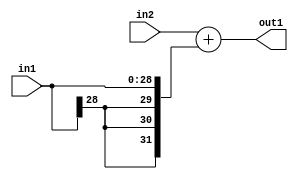
`timescale 1ps / 1ps
/*****************************************************************************
    Verilog RTL Description
    
    
    Created by: Stratus DpOpt 2019.1.01 
*******************************************************************************/

module DC_Filter_Add_32Sx29S_32S_1 (
	in2,
	in1,
	out1
	); /* architecture "behavioural" */ 
input [31:0] in2;
input [28:0] in1;
output [31:0] out1;
wire [31:0] asc001;

assign asc001 = 
	+(in2)
	+({{3{in1[28]}}, in1});

assign out1 = asc001;
endmodule

/* CADENCE  ubPxTAo= : u9/ySgnWtBlWxVPRXgAZ4Og= ** DO NOT EDIT THIS LINE ******/